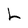
Character: L